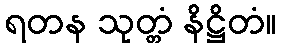
ရတန သုတ္တံ နိဋ္ဌိတံ။